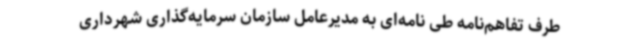
طرف تفاهم‌نامه طی‌ نامه‌ای به مدیرعامل سازمان سرمایه‌گذاری شهرداری